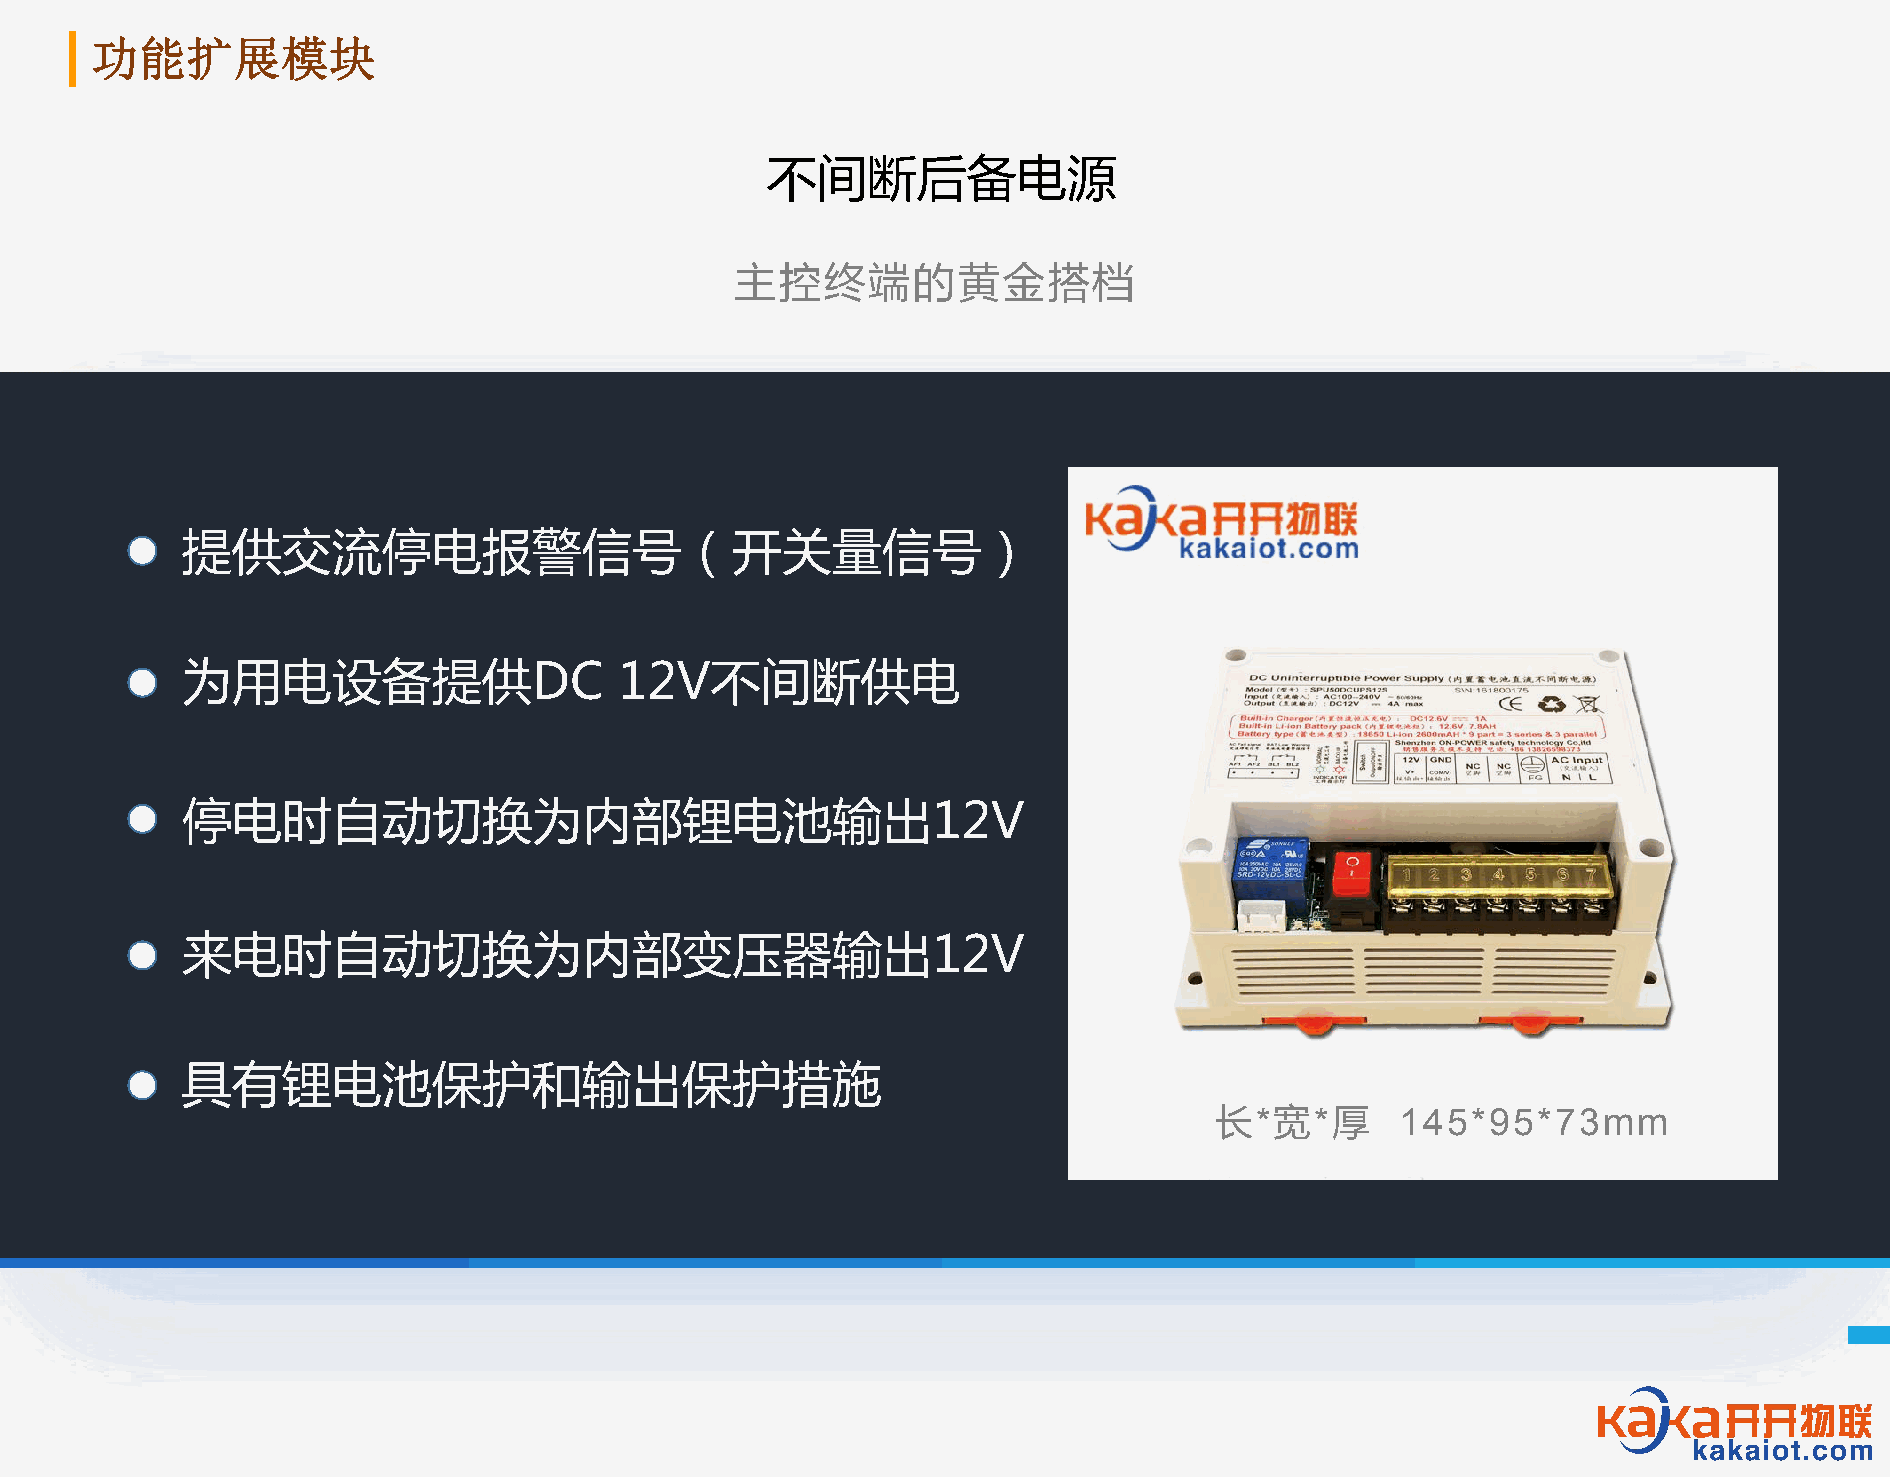
功能扩展模块
 不间断后备电源
 主控终端的黄金搭档
 提供交流停电报警信号（开关量信号）
 为用电设备提供DC                    12V不间断供电
 停电时自动切换为内部锂电池输出12V
 K  A  K  A I O  T
 来电时自动切换为内部变压器输出12V
 具有锂电池保护和输出保护措施
 长*宽*厚        145*95*73mm